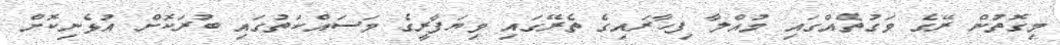
މިގޮތުން ރޭގެ ވަގުތެއްގައި މުއްލާ ފިހާރައިގެ ތެރޭގައި ވިޔަފާރީގެ މަސައްކަތުގައި ބުރަކޮށް އުޅެނިކޮށް